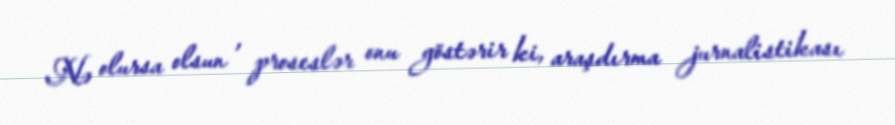
Nə olursa olsun , proseslər onu göstərir ki, araşdırma jurnalistikası